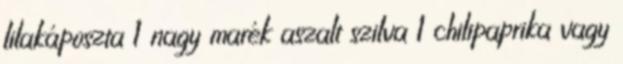
lilakáposzta 1 nagy marék aszalt szilva 1 chilipaprika vagy